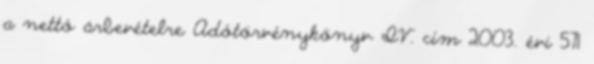
a nettó árbevételre Adótörvénykönyv IV. cím 2OO3. évi 571